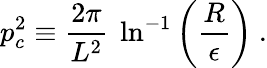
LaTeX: p_{c}^{2}\equiv{\frac{2\pi}{L^{2}}}~\ln^{-1}\left(\frac{R}{\epsilon}\right)~.